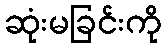
ဆုံးမခြင်းကို